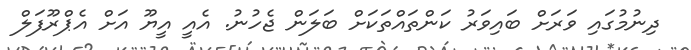
ދިނުމުގައި ވަރަށް ބައިވަރު ކަންތައްތަކަށް ބަލަން ޖެހުުނު. އެއީ އީޔޫ އަށް އެޕްރޫފަލް